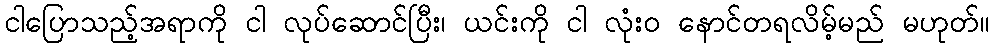
ငါပြောသည့်အရာကို ငါ လုပ်ဆောင်ပြီး၊ ယင်းကို ငါ လုံးဝ နောင်တရလိမ့်မည် မဟုတ်။